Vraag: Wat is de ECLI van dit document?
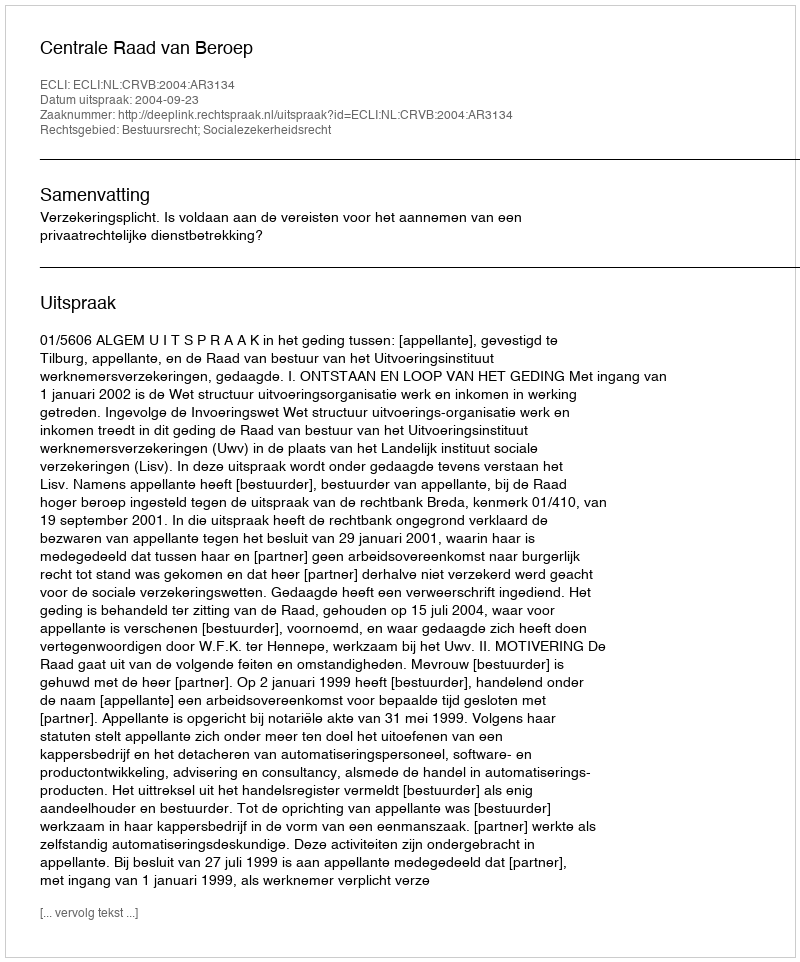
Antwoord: ECLI:NL:CRVB:2004:AR3134